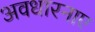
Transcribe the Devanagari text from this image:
अवधारनाए